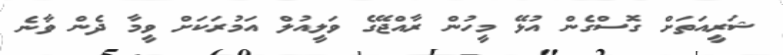
ޝަރީއަތަށް ގޮސްގެން އުޅޭ މީހުން ރާއްޖޭގެ ވަލީއުލް އަމުރަކަށް ވީމާ ދެން ވާނެ